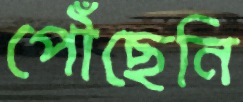
পৌঁছেনি